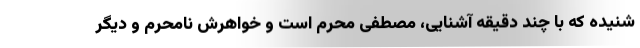
شنیده که با چند دقیقه آشنایی، مصطفی مَحرم است و خواهرش نامحرم و دیگر